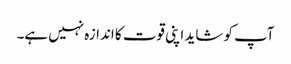
آپ کو شاید اپنی قوت کا اندازہ نہیں ہے۔